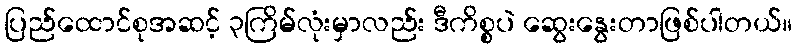
ပြည်ထောင်စုအဆင့် ၃ကြိမ်လုံးမှာလည်း ဒီကိစ္စပဲ ဆွေးနွေးတာဖြစ်ပါတယ်။